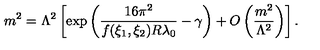
m ^ { 2 } = \Lambda ^ { 2 } \left[ \exp \left( \frac { 1 6 \pi ^ { 2 } } { f ( \xi _ { 1 } , \xi _ { 2 } ) R \lambda _ { 0 } } - \gamma \right) + O \left( \frac { m ^ { 2 } } { \Lambda ^ { 2 } } \right) \right] .